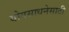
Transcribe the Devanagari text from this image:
योगसाधनेसाठी